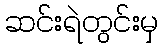
ဆင်းရဲတွင်းမှ